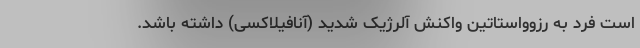
است فرد به رزوواستاتین واکنش آلرژیک شدید (آنافیلاکسی) داشته باشد.